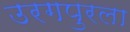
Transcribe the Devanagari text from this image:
उरगपुरला